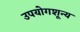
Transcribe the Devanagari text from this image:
उपयोगशून्य